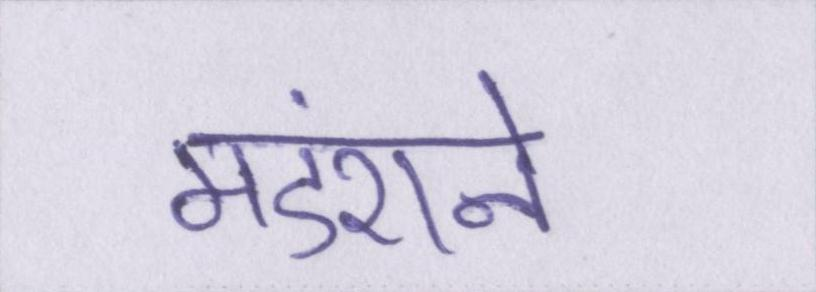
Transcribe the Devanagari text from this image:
मंडराने